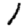
Digit: 1